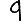
Digit: 9